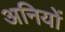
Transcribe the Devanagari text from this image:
अनियों